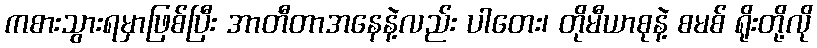
ကစားသွားရမှာဖြစ်ပြီး အာတီတာအနေနဲ့လည်း ပါတေး၊ တိုမီယာစုနဲ့ စမစ် ရိုးတို့လို